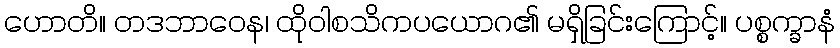
ဟောတိ။ တဒဘာဝေန၊ ထိုဝါစသိကပယောဂ၏ မရှိခြင်းကြောင့်။ ပစ္စက္ခာနံ